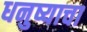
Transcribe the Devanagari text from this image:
धनुष्याचा